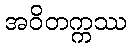
အဝိတက္ကဿ